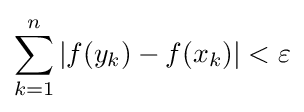
\sum _{k=1}^{n}|f(y_{k})-f(x_{k})|<\varepsilon